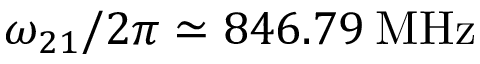
\omega _ { 2 1 } / 2 \pi \simeq 8 4 6 . 7 9 \: \mathrm { M H z }